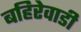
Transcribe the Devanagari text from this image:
बहिरेवाडी